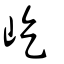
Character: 屹